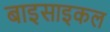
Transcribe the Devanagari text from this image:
बाइसाइकल